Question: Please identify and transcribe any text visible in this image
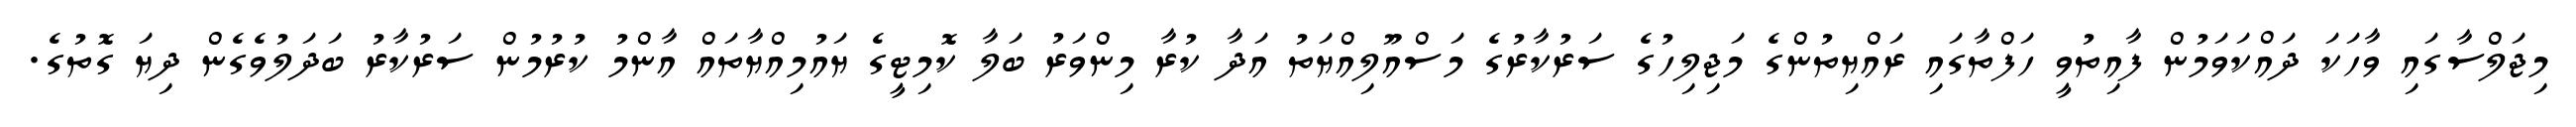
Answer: މިޖަލްސާގައި ވާހަކަ ދައްކަވަމުން ފާއިތުވީ ހަފްތާގައި ރައްޔިތުންގެ މަޖިލިހުގެ ސަރުކާރުގެ މަސްއޫލިއްޔަތު އަދާ ކުރާ މިންވަރު ބަލާ ކޮމިޓީގެ ޔައުމިއްޔާތައް އާންމު ކުރުމުން ސަރުކާރު ބަދަލުވެގެން ދިޔަ ގޮތުގެ.